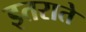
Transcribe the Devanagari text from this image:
इतराते